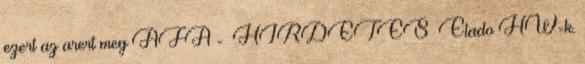
ezert az arert meg AFA - HIRDETES Elado HW-k.